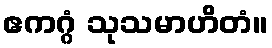
ဧကဂ္ဂံ သုသမာဟိတံ။